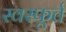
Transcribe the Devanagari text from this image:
स्वस्फूर्त